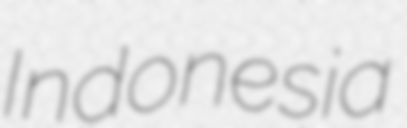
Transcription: Indonesia